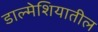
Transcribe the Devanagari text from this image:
डाल्मेशियातील